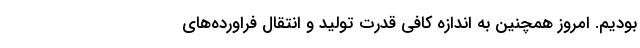
بودیم. امروز همچنین به اندازه کافی قدرت تولید و انتقال فراورده‌های